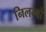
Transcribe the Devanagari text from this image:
निलम्‍बो